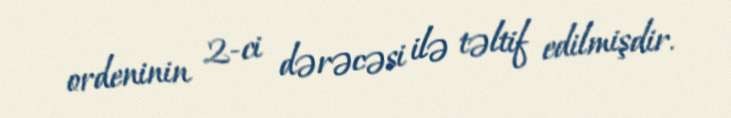
ordeninin 2-ci dərəcəsi ilə təltif edilmişdir.